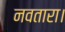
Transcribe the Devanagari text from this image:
नवतारा।